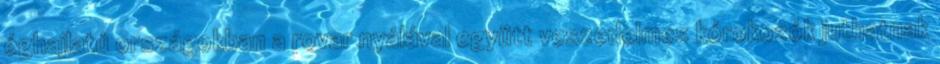
éghajlatú országokban a rovar nyálával együtt veszedelmes kórokozók juthatnak